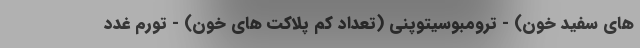
های سفید خون) - ترومبوسیتوپنی (تعداد کم پلاکت های خون) - تورم غدد